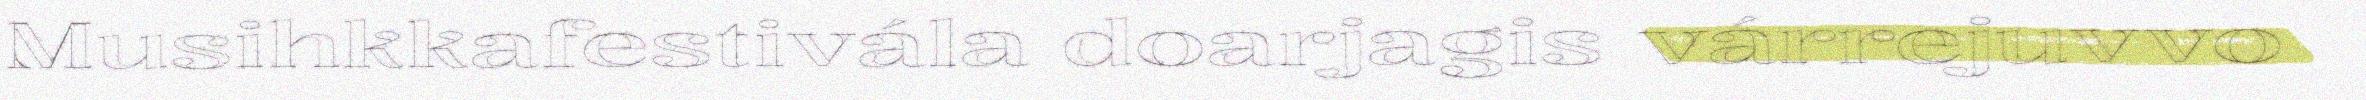
Musihkkafestivála doarjagis várrejuvvo